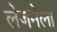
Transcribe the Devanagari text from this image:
लेजनेला